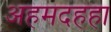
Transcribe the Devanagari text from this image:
अहमदहहा